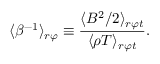
\langle \beta ^ { - 1 } \rangle _ { r \varphi } \equiv \frac { \langle B ^ { 2 } / 2 \rangle _ { r \varphi t } } { \langle \rho T \rangle _ { r \varphi t } } .